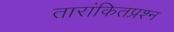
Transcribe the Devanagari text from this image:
तारांकितप्रश्न